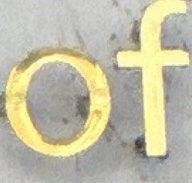
of